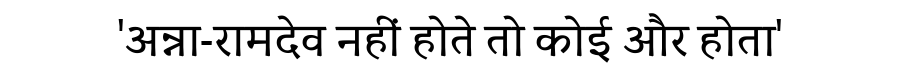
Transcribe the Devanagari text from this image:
'अन्ना-रामदेव नहीं होते तो कोई और होता'